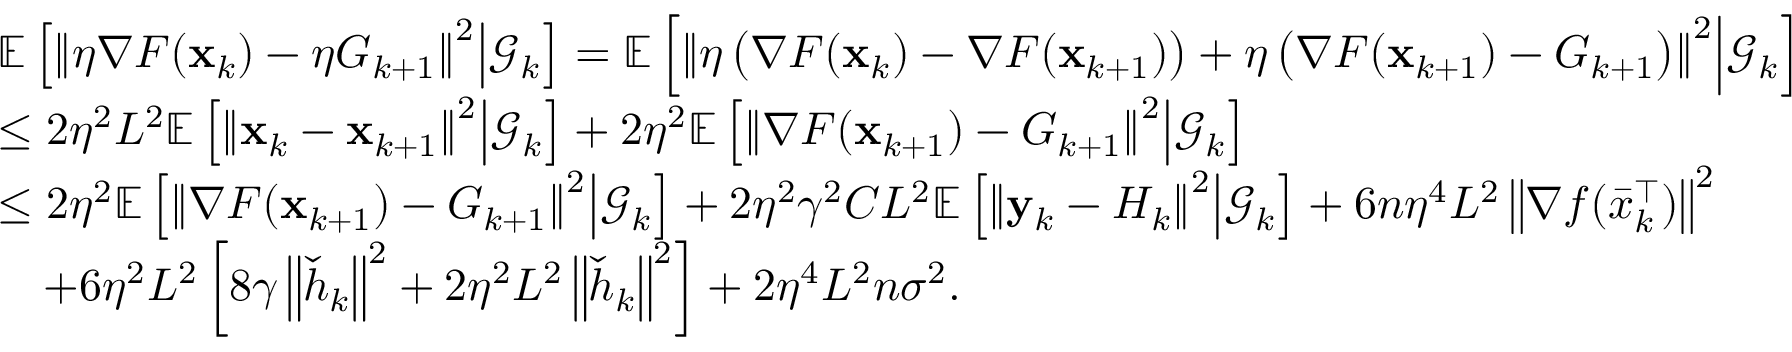
\begin{array} { r l } & { \mathbb { E } \left[ \left\Vert \eta \nabla F ( \mathbf { x } _ { k } ) - \eta G _ { k + 1 } \right\Vert ^ { 2 } \middle | \mathcal { G } _ { k } \right] = \mathbb { E } \left[ \left\Vert \eta \left( \nabla F ( \mathbf { x } _ { k } ) - \nabla F ( \mathbf { x } _ { k + 1 } ) \right) + \eta \left( \nabla F ( \mathbf { x } _ { k + 1 } ) - G _ { k + 1 } \right) \right\Vert ^ { 2 } \middle | \mathcal { G } _ { k } \right] } \\ & { \leq 2 \eta ^ { 2 } L ^ { 2 } \mathbb { E } \left[ \left\Vert \mathbf { x } _ { k } - \mathbf { x } _ { k + 1 } \right\Vert ^ { 2 } \middle | \mathcal { G } _ { k } \right] + 2 \eta ^ { 2 } \mathbb { E } \left[ \left\Vert \nabla F ( \mathbf { x } _ { k + 1 } ) - G _ { k + 1 } \right\Vert ^ { 2 } \middle | \mathcal { G } _ { k } \right] } \\ & { \leq 2 \eta ^ { 2 } \mathbb { E } \left[ \left\Vert \nabla F ( \mathbf { x } _ { k + 1 } ) - G _ { k + 1 } \right\Vert ^ { 2 } \middle | \mathcal { G } _ { k } \right] + 2 \eta ^ { 2 } \gamma ^ { 2 } C L ^ { 2 } \mathbb { E } \left[ \left\Vert \mathbf { y } _ { k } - H _ { k } \right\Vert ^ { 2 } \middle | \mathcal { G } _ { k } \right] + 6 n \eta ^ { 4 } L ^ { 2 } \left\Vert \nabla f ( \bar { x } _ { k } ^ { \intercal } ) \right\Vert ^ { 2 } } \\ & { \quad + 6 \eta ^ { 2 } L ^ { 2 } \left[ 8 \gamma \left\Vert \check { h } _ { k } \right\Vert ^ { 2 } + 2 \eta ^ { 2 } L ^ { 2 } \left\Vert \check { h } _ { k } \right\Vert ^ { 2 } \right] + 2 \eta ^ { 4 } L ^ { 2 } n \sigma ^ { 2 } . } \end{array}